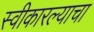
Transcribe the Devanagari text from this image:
स्वीकारल्याचा